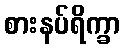
စားနပ်ရိက္ခာ